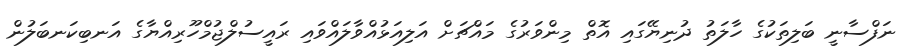
ނަފްސާނީ ބަލިތަކުގެ ހާލަތު ދުނިޔޭގައި އޮތް މިންވަރުގެ މައްޗަށް އަލިއަޅުއްވާލައްވައި ރައީސުލްޖުމްހޫރިއްޔާގެ އަނބިކަނބަލުން